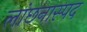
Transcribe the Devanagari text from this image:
लांछनास्‍पद